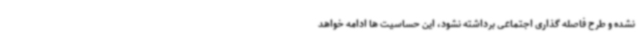
نشده و طرح فاصله گذاری اجتماعی برداشته نشود، این حساسیت ها ادامه خواهد